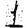
Digit: 1